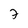
Character: 7